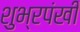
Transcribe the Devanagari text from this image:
शुभ्रपंखी